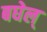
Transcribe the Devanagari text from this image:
बघेल्